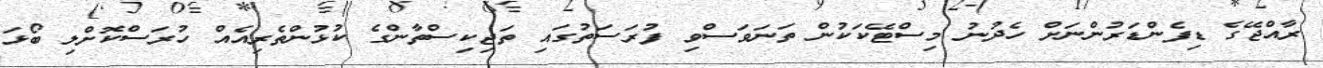
ރާއްޖޭގެ ޑިފެންޑަރުންނަށް ހެދުނު މިސްޓޭކަކުން ތަނަވަސްވި ފުރަސަތުގައި ތަޖިކިސްތާންގެ ކުޅުންތެރިއެއް ހުރަސްކޮށްލި ބޯޅަ